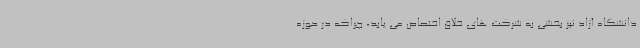
دانشگاه آزاد نیز بخشی به شرکت های خلاق اختصاص می یابد، چراکه در حوزه